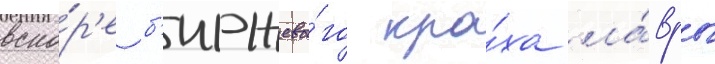
вско́р'е б'иржево́го кра́ха ла́вры